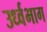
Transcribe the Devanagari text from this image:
उर्ध्वभाग